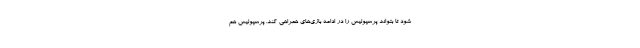
شود تا بتواند پرسپولیس را در ادامه بازی‌های همراهی کند. پرسپولیس هم